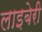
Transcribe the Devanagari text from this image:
लाइबेरी